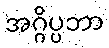
အဂ္ဂိပ္ပဘာ